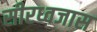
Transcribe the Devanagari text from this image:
सीरध्वजास